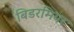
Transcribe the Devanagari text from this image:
बिडरमियर